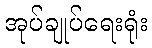
အုပ်ချုပ်ရေးရုံး